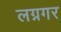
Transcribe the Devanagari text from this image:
लग्नगर